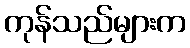
ကုန်သည်များက